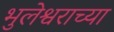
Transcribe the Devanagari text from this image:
भुलेश्वराच्या